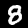
Label: 8